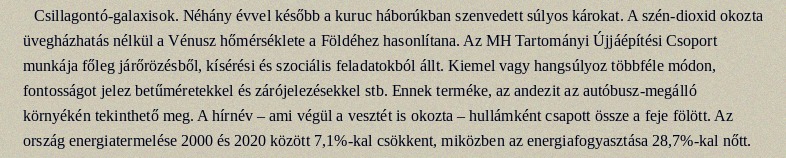
Csillagontó-galaxisok. Néhány évvel később a kuruc háborúkban szenvedett súlyos károkat. A szén-dioxid okozta üvegházhatás nélkül a Vénusz hőmérséklete a Földéhez hasonlítana. Az MH Tartományi Újjáépítési Csoport munkája főleg járőrözésből, kísérési és szociális feladatokból állt. Kiemel vagy hangsúlyoz többféle módon, fontosságot jelez betűméretekkel és zárójelezésekkel stb. Ennek terméke, az andezit az autóbusz-megálló környékén tekinthető meg. A hírnév – ami végül a vesztét is okozta – hullámként csapott össze a feje fölött. Az ország energiatermelése 2000 és 2020 között 7,1%-kal csökkent, miközben az energiafogyasztása 28,7%-kal nőtt.